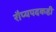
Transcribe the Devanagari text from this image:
रौप्यपदकही